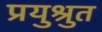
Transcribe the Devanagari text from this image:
प्रयुश्रुत